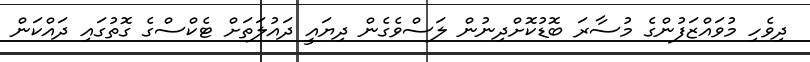
ދިވެހި މުވައްޒަފުންގެ މުސާރަ ބޮޑުކޮށްދިނުން ލަސްވެގެން ދިޔައީ ދައުލަތަށް ޓެކްސްގެ ގޮތުގައި ދައްކަން